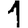
Digit: 1